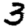
Digit: 3